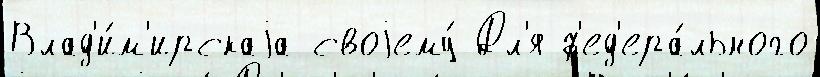
Влад'и́м'ирскаjа своjему́ Дл'я ф'ед'ера́льного